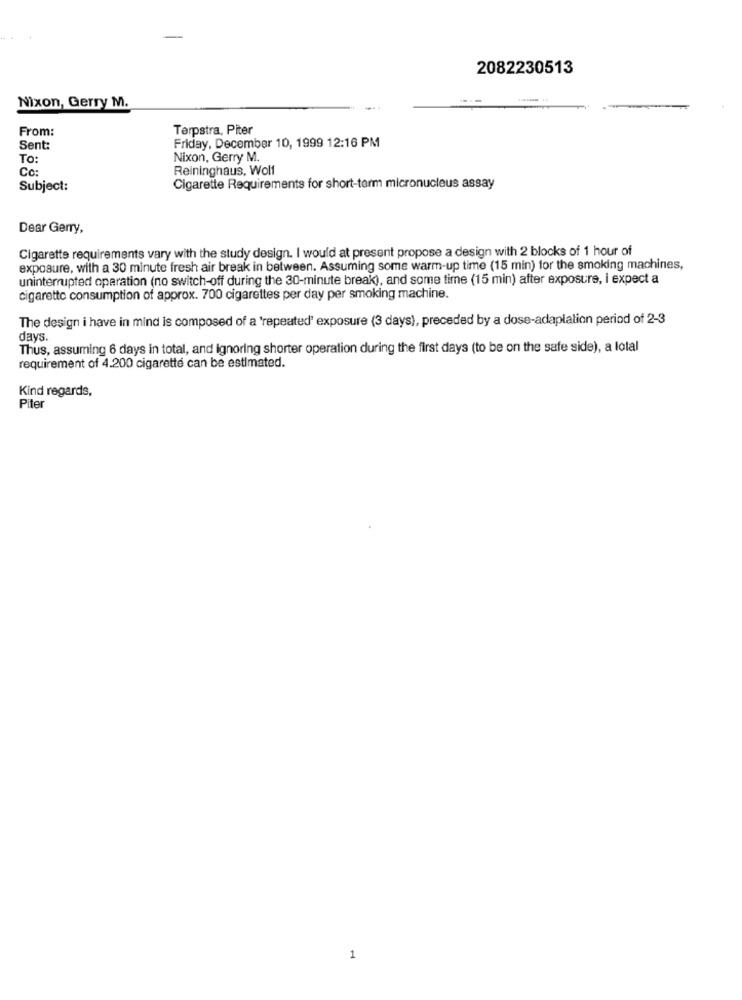
2082230513
Nixon, Gerry M.
From:
Terpstra, Piter
Sent:
Friday, December 10, 1999 12:16 PM
To:
Nixon, Gerry M.
Cc:
Reininghaus, Wolf
Subject:
Cigarette Requirements for short-term micronucleus assay
Dear Gerry,
Cigarette requirements vary with the study design. I would at present propose a design with 2 blocks of 1 hour of
exposure, with a 30 minute fresh air break in between. Assuming some warm-up time (15 min) for the smoking machines,
uninterrupted operation (no switch-off during the 30-minute break), and some time (15 min) after exposure, i expect a
cigarette consumption of approx. 700 cigarettes per day per smoking machine.
The design i have in mind is composed of a 'repeated' exposure (3 days), preceded by a dose-adaplation period of 2-3
days.
Thus, assuming 6 days in total, and Ignoring shorter operation during the first days (to be on the safe side), a lotal
requirement of 4.200 cigarette can be estimated.
Kind regards,
Piter
1